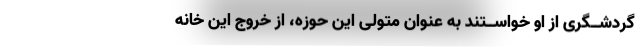
گردشــگری از او خواســتند به عنوان متولی این حوزه، از خروج این خانه